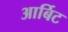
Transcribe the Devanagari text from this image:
आर्बिट